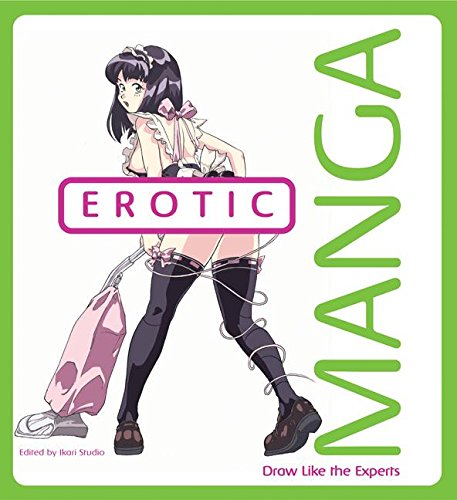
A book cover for Erotic Manga (Draw Like the Experts); Ikari Studio; Comics & Graphic Novels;